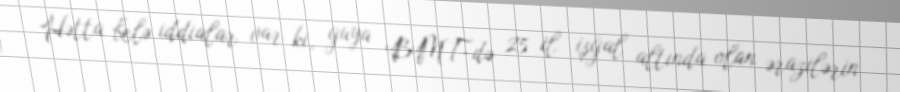
Hətta belə iddialar var ki, guya BMT-də 25 il işğal altında olan ərazilərin